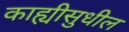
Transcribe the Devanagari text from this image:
काह्यीसुधील